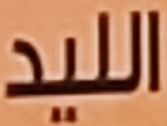
الليد